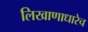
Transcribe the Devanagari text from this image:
लिखाणाधारेच